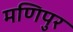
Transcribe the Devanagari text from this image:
मणिपुर